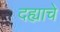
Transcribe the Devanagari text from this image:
दह्याचे